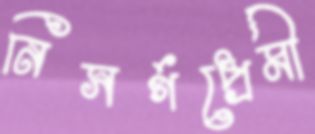
নিসর্গপ্রেমী